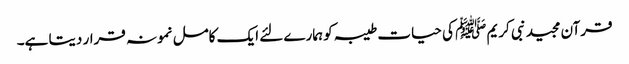
قرآن مجید نبی کریم ﷺ کی حیات طیبہ کو ہمارے لئے ایک کامل نمونہ قرار دیتا ہے۔